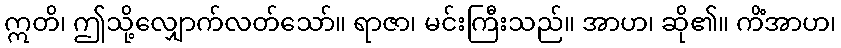
ဣတိ၊ ဤသို့လျှောက်လတ်သော်။ ရာဇာ၊ မင်းကြီးသည်။ အာဟ၊ ဆို၏။ ကိံအာဟ၊